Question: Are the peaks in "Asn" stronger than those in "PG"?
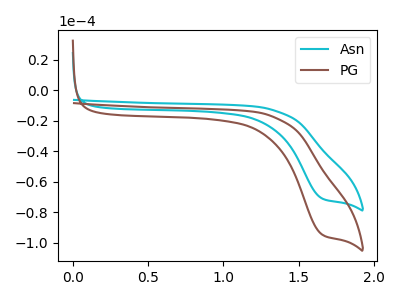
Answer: <think>The cyan curve "Asn" has a cathodic peak at: (1.65V, -70.95uA). The brown curve "PG" has a cathodic peak at: (1.65V, -94.55uA).</think>
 <answer>Every peak in "Asn" is lower than every peak in "PG".</answer>
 <eval>lower</eval>